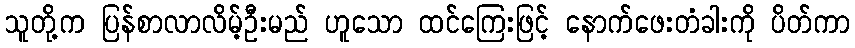
သူတို့က ပြန်စာလာလိမ့်ဦးမည် ဟူသော ထင်ကြေးဖြင့် နောက်ဖေးတံခါးကို ပိတ်ကာ